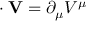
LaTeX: \mathbf { \partial } \cdot \mathbf { V } = \partial _ { \mu } V ^ { \mu }